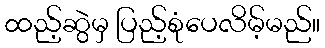
ထည့်ဆွဲမှ ပြည့်စုံပေလိမ့်မည်။